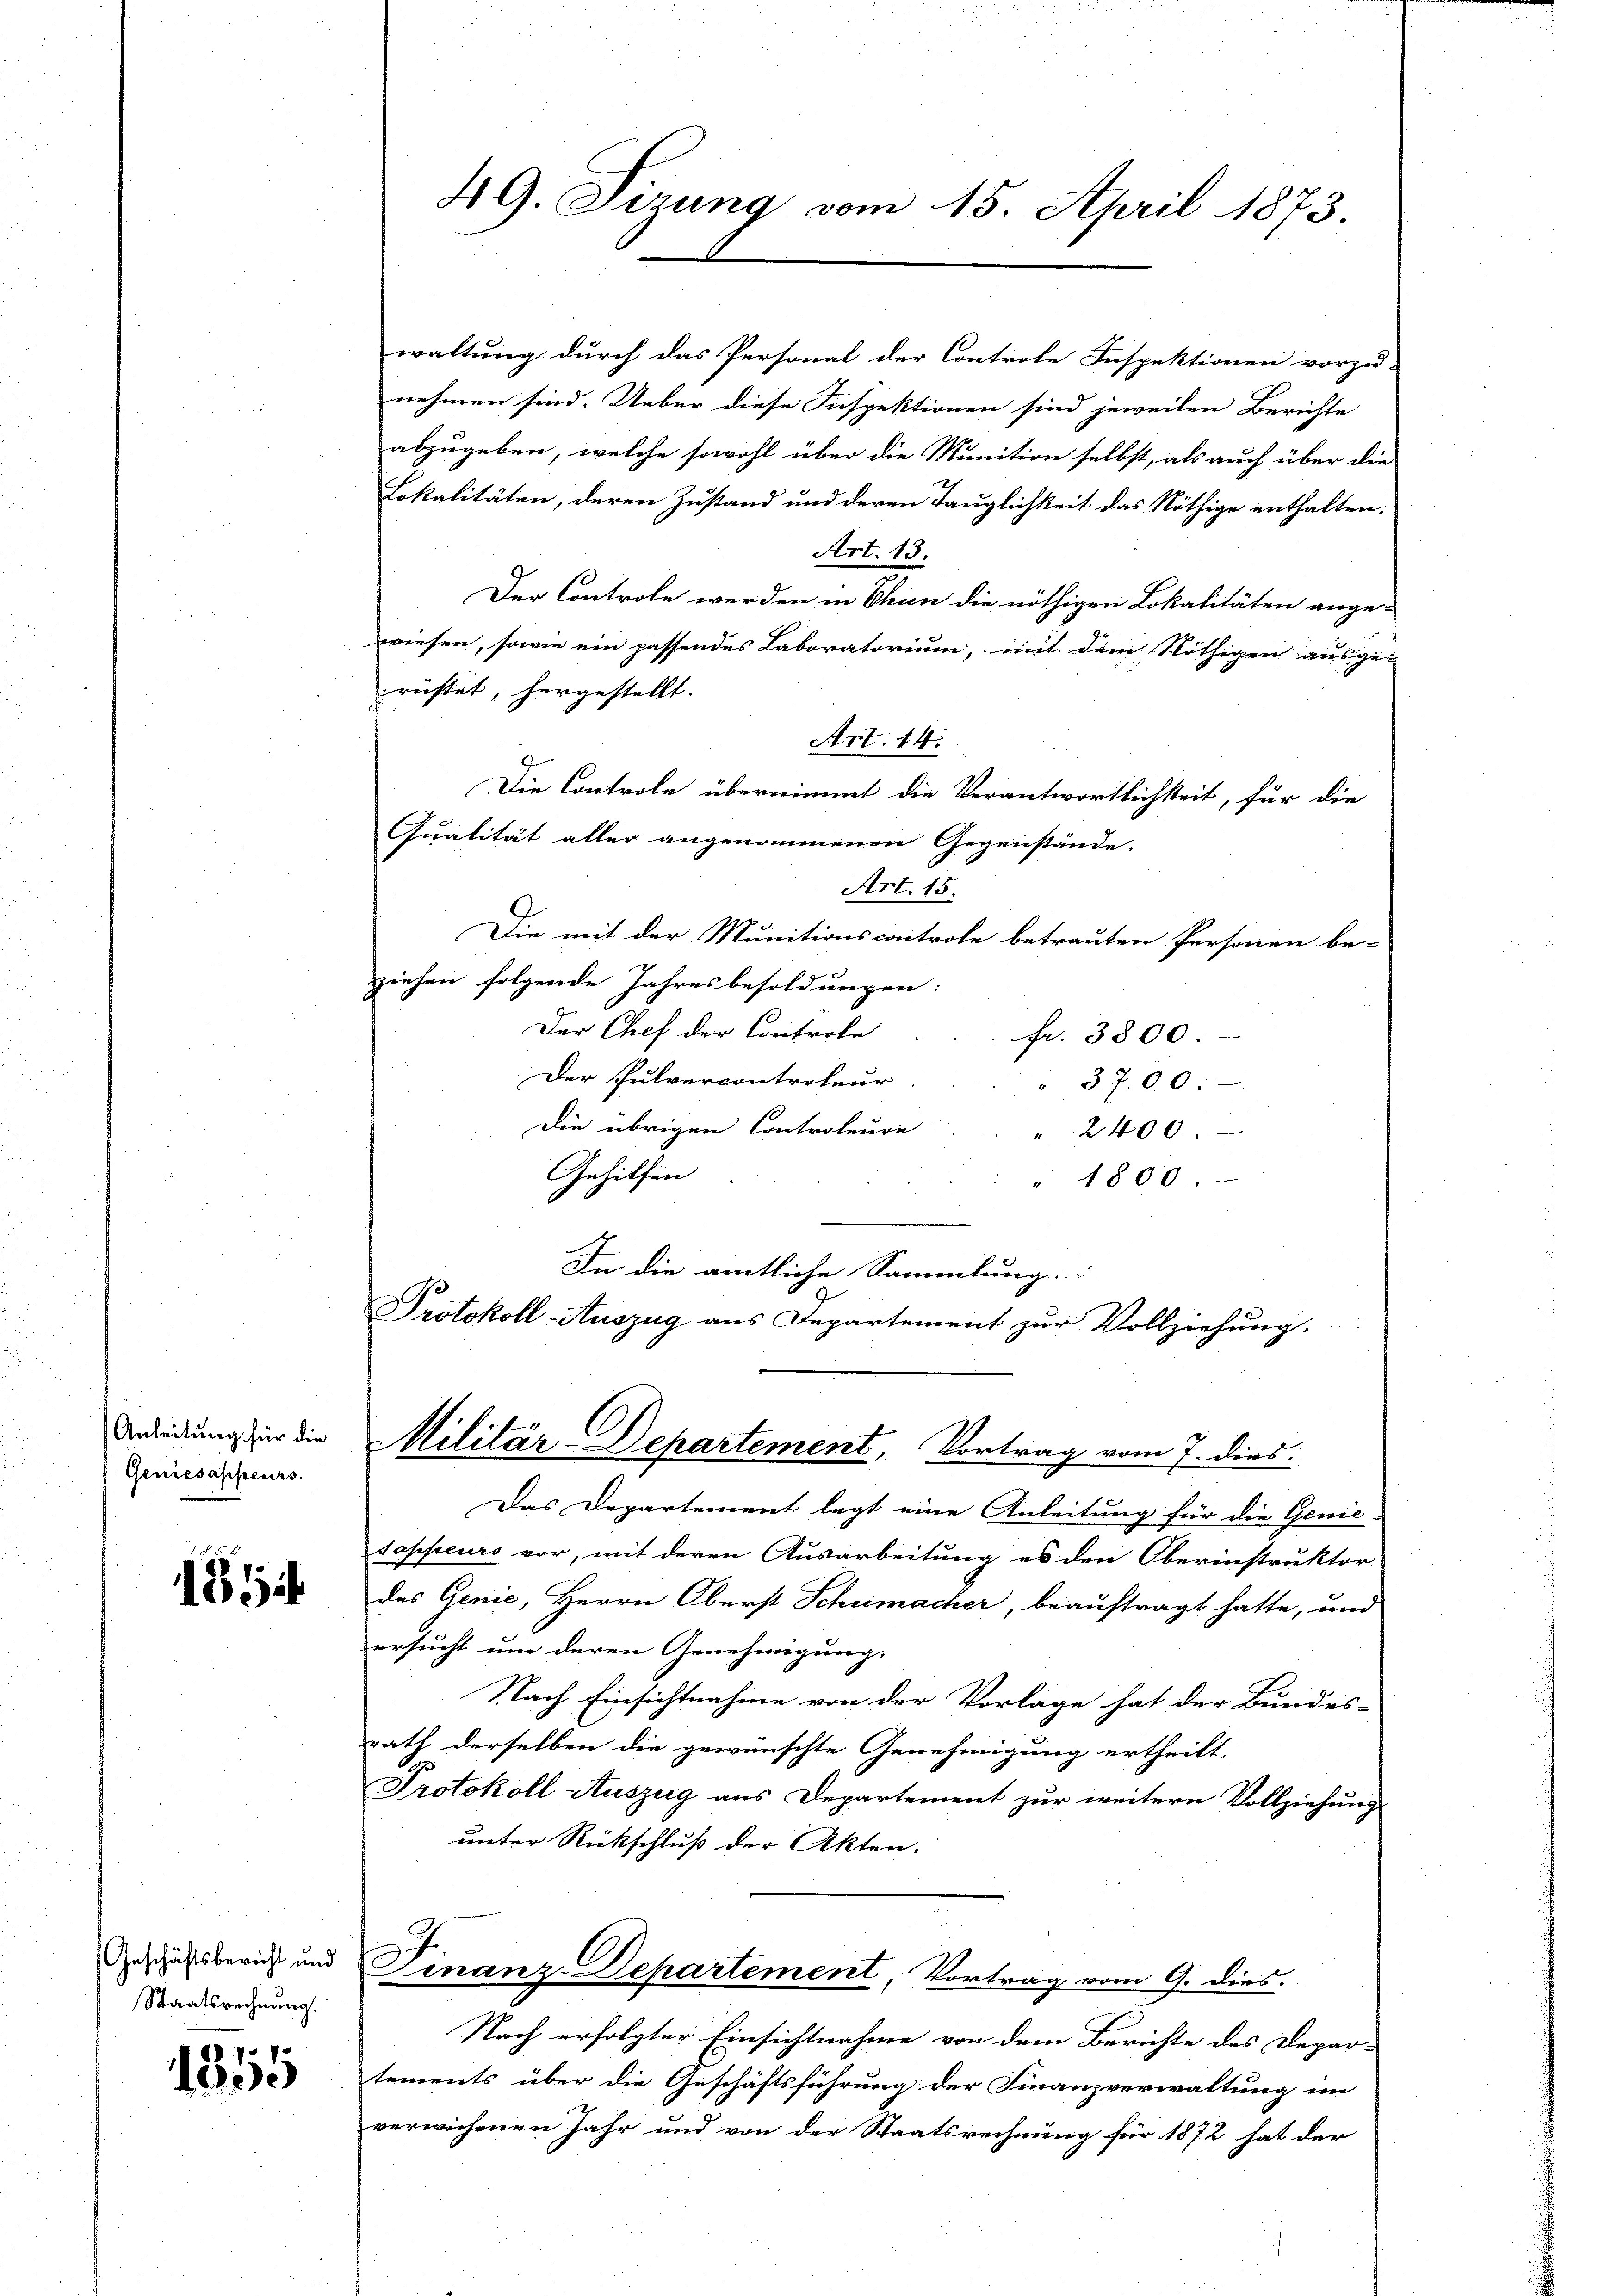
Anleitung für die
Geniesappeurs.

185

Geschäftsbericht und
Staatsrechnung.

1355

waltung durch das Personal der Controle Inspektionen vorzu-
nehmen sind. Ueber diese Inspektionen sind jeweilen Berichte
abzugeben, welche sowohl über die Munition selbst, als auch über die
Lokalitäten, deren Zustand und deren Tauglichkeit das Nöthige enthalten.
Art. 13.
Der Controle werden in Chan die nöthigen Lokalitäten ange-
wiesen, sowie ein passendes Laboratorium, mit dem Nöthigen ausge-
rüstet, hergestellt.
Art. 14.
Die Controle übernimmt die Verantwortlichkeit, für die
Qualität aller angenommenen Gegenstände.
Art. 15.
Die mit der Munitionscontrole betrauten Personen be-
ziehen folgende Jahresbesoldungen:
Der Chef der Controle
fr. 3800.
Der Pulvercontroleur
" 3700.
Die übrigen Controleure
" 2400.
Gehilfen
" 1800.
In die amtliche Sammlung.
Protokoll-Auszug aus Departement zur Vollziehung.

49. Sizung vom 15. April 1873

Das Departement legt eine Anleitung für die Genie-
Sappeurs vor, mit deren Ausarbeitung es den Oberinstruktor
des Genie, Herrn Oberst Schumacher, beauftragt hatte, und
ersucht um deren Genehmigung.
Nach Einsichtnahme von der Vorlage hat der Bundes-
rath derselben die gewünschte Genehmigung ertheilt.
Protokoll Auszug aus Departement zur weitern Vollziehung
unter Rückschluß der Akten.
7.
Finanz-Departement, Vortrag vom 9. dies.
Nach erfolgter Einsichtnahme von dem Berichte des Depar-
tements über die Geschäftsführung der Finanzverwaltung im
verwichenen Jahr und von der Staatsrechnung für 1872 hat der

Militär-Departement, Vortrag vom 7. dies